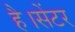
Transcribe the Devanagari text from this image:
है।सेंटर